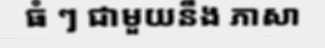
ធំ ៗ ជាមួយនឹង ភាសា